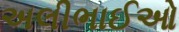
અલીભાઈઓ